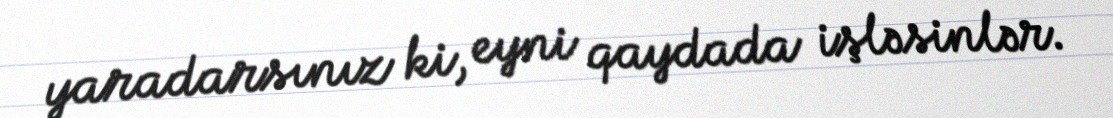
yaradarsınız ki, eyni qaydada işləsinlər.